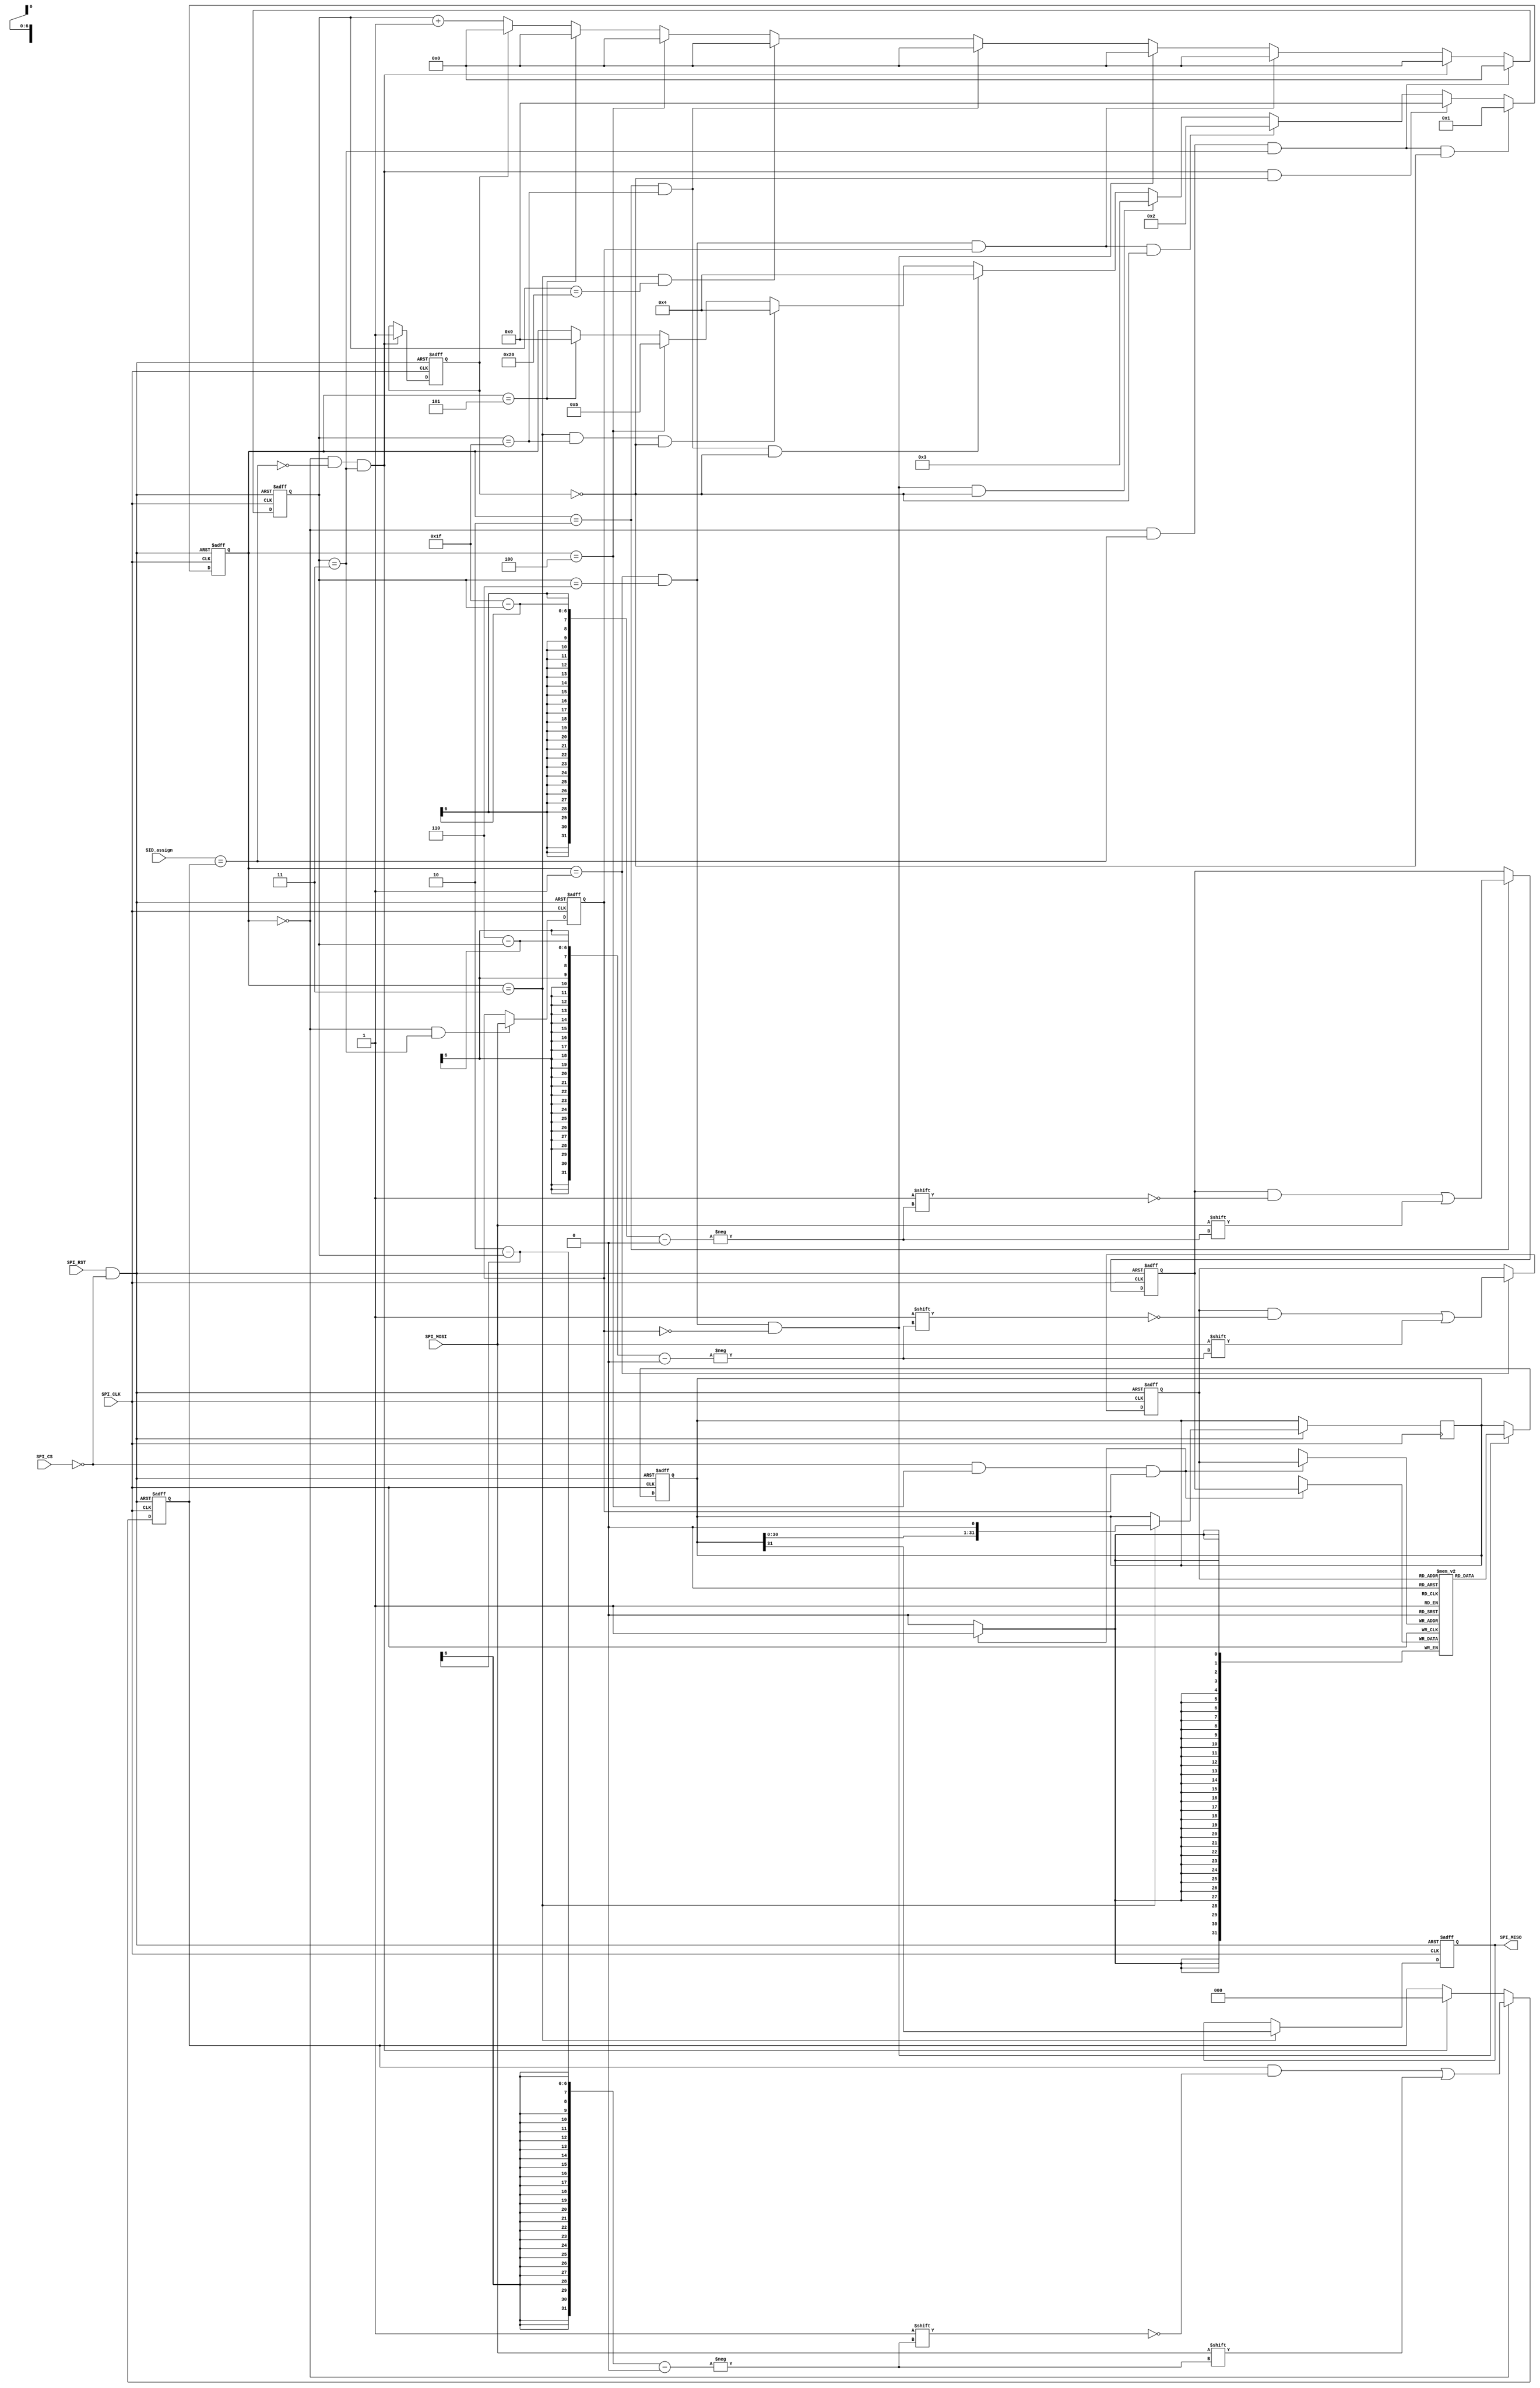
module SPI_SLAVE(
input wire 		SPI_CLK,
input wire 		SPI_RST,
input wire 		SPI_CS,
input wire 	[2:0]	SID_assign, 		//hard wired
input wire 		SPI_MOSI,
output reg 		SPI_MISO
);

//states
localparam [2:0] IDLE = 3'd0;
localparam [2:0] ADDR = 3'd1;
localparam [2:0] WRITE = 3'd2;
localparam [2:0] READ = 3'd3;
localparam [2:0] EOF = 3'd4;
localparam [2:0] CONF = 3'd5;

reg [3:0] CS;
reg [2:0] SID_r;
reg wr_r;
reg SID_FAIL;
reg [6:0] addr_r;
reg [5:0] ctrl_cnt;
reg [31:0] din_r;
reg [31:0] dout_r;
reg [31:0] slave_register [0:127];

//reg MISO;
wire SID_match;
wire reset_n;
wire [31:0] reg_data_ch;
assign  SID_match = (SID_assign==SID_r);
assign  reset_n = SPI_RST & (!SPI_CS);  
assign	reg_data_ch = slave_register [addr_r];
//bit wise AND : &
//1-bit true false : &&
//! 1-bit , ~ bit wise inverting

//state transition                               
always@(negedge SPI_CLK or negedge reset_n)
begin
		if(!reset_n)
			CS <= IDLE;

		else if((CS == IDLE) && SID_match && (ctrl_cnt == 6'd3) && !SID_FAIL)  //IDLE_END
			CS <= ADDR;

		else if((CS == IDLE) && !SID_match && (ctrl_cnt == 6'd3) && !SID_FAIL) //SID not match
			CS <= IDLE;

		else if((CS == ADDR) && (ctrl_cnt == 6'd6) && (wr_r) && !SID_FAIL) //ADDR_END 
			CS <= WRITE;

		else if((CS == ADDR) && (ctrl_cnt == 6'd6) && (!wr_r) && !SID_FAIL) // READ_START
			CS <= READ;

		else if((CS == WRITE) && (ctrl_cnt == 6'd31) && !SID_FAIL) //WRITE_END
			CS <= EOF;

		else if((CS == READ) && (ctrl_cnt == 6'd31) && !SID_FAIL) // RETRUN to EOF
			CS <= EOF;

		else if(CS == EOF) // CONFIRM for one cycle 
			CS <= CONF;

		else if(CS == CONF) //RETURN TO IDLE
			CS <= IDLE;

		else 
			CS <= CS;
end

//control counter 
always@(negedge SPI_CLK or negedge reset_n)
begin
	if(!reset_n)
		ctrl_cnt <= 6'd0;

	else if((CS == IDLE) && SID_match && (ctrl_cnt == 6'd3))
		ctrl_cnt <= 6'd0;

	else if((CS == IDLE) && !SID_match && (ctrl_cnt == 6'd3))
		ctrl_cnt <= 6'd0;

	else if((CS == ADDR) && (ctrl_cnt == 6'd6) && (wr_r))
		ctrl_cnt <= 6'd0;

	else if((CS == ADDR) && (ctrl_cnt == 6'd6) && (!wr_r))
		ctrl_cnt <= 6'd0;

	else if((CS == WRITE) && (ctrl_cnt == 6'd31)) 
		ctrl_cnt <= 6'd0;

	else if((CS == READ) && (ctrl_cnt == 6'd32))
		ctrl_cnt <= 6'd0;

	else if(CS == EOF) 
		ctrl_cnt <= 6'd0;
	
	else if(CS == CONF)
		ctrl_cnt <= 6'd0;

	else if(SID_FAIL)
		ctrl_cnt <= 6'd0;

	else 
		ctrl_cnt <= ctrl_cnt + 6'd1;
end

//MOSI -> SID_r
always@(negedge SPI_CLK or negedge reset_n)
begin
		if(!reset_n)
			SID_r <= 3'b0;

		else if(CS == IDLE)
			SID_r[2-ctrl_cnt] <= SPI_MOSI;

		else if((CS == IDLE) && !SID_match && (ctrl_cnt == 6'd3)) //SID not match
			SID_r <= 3'd0;

end

//IF SID DID NOT MATCHED ASSERTING FAIL FLAG SIGNAL
always@(negedge SPI_CLK or negedge reset_n)
begin
	if(!reset_n)
		SID_FAIL <= 1'b0;

	else if((CS == IDLE) && !SID_match && (ctrl_cnt == 3'd3))
		SID_FAIL <= 1'b1;
end

//MOSI -> wr_r
always@(negedge SPI_CLK or negedge reset_n)
begin
		if(!reset_n)
			wr_r <= 1'b0;

		else if((CS == IDLE) && (ctrl_cnt == 6'd3))
			wr_r <= SPI_MOSI;

end

//MOSI -> addr_r 
always@(negedge SPI_CLK or negedge reset_n)
begin
		if(!reset_n)
			addr_r <= 7'd0;
					
		else if(CS == ADDR)
			addr_r[6-ctrl_cnt] <= SPI_MOSI;
 
end

//MOSI -> din_r
always@(negedge SPI_CLK or negedge reset_n)
begin
		if(!reset_n)
			din_r <= 32'd0;

		else if(CS == WRITE)
			din_r[31-ctrl_cnt] <= SPI_MOSI;
end

//dout_r
always@(negedge SPI_CLK or negedge reset_n)
begin
	if(!reset_n)
		dout_r <= 32'b0;

	else if((CS == ADDR) && (ctrl_cnt == 6'd6) && (!wr_r))
		dout_r <= slave_register [addr_r];
end

//at read state 
always@(posedge SPI_CLK or negedge reset_n)
begin
	if(!reset_n)
		SPI_MISO <= 1'b0;

	else if((CS == READ))
	begin
		dout_r <= dout_r << 1'b1;
		SPI_MISO <= dout_r[31]; 
	end
end 
// at EOF (End Of signal) state
always@(negedge SPI_CLK)
begin
	if(!SPI_CS && (CS == EOF) && wr_r)

		slave_register [addr_r] <= din_r ;
	
end



endmodule